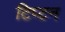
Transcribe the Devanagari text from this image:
टिप्टन